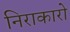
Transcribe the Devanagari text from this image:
निराकारो